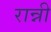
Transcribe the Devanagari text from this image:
रान्नी